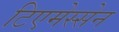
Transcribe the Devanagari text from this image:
टिएमेस्सेन